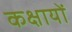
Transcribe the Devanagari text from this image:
कक्षायों